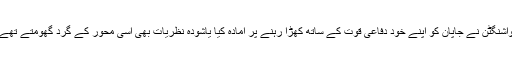
واشنگٹن نے جاپان کو اپنے خود دفاعی قوت کے ساتھ کھڑا رہنے پر آمادہ کیا یاشودہ نظریات بھی اسی محور کے گرد گھومتے تھے۔